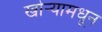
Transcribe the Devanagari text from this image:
खोर्‍यामधून